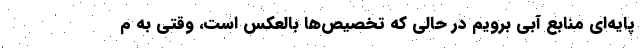
پایه‌ای منابع آبی برویم در حالی که تخصیص‌ها بالعکس است، وقتی به م